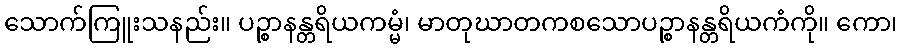
သောက်ကြူးသနည်း။ ပဉ္စာနန္တရိယကမ္မံ၊ မာတုဃာတကစသောပဉ္စာနန္တရိယကံကို။ ကော၊